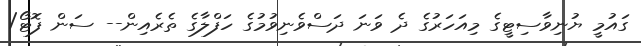
ގައުމީ ޔުނިވާސިޓީގެ މިއަހަރުގެ ދެ ވަނަ ދަސްވެނިވުމުގެ ހަފްލާގެ ތެރެއިން-- ސަން ފޮޓޯ/